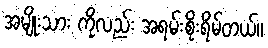
အမျိုးသား ကိုလည်း အရမ်းစိုးရိမ်တယ်။